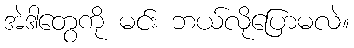
အဲဒါတွေကို မင်း ဘယ်လိုပြောမလဲ။